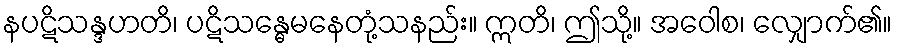
နပဋိသန္ဒဟတိ၊ ပဋိသန္ဓေမနေတုံ့သနည်း။ ဣတိ၊ ဤသို့။ အဝေါစ၊ လျှောက်၏။